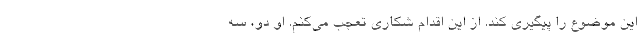
این موضوع را پیگیری کند. از این اقدام شکاری تعجب می‌کنم. او دو، سه